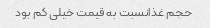
حجم غذانسبت به قیمت خیلی کم بود